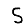
Digit: 5